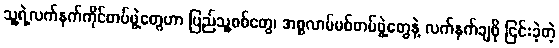
သူ့ရဲ့လက်နက်ကိုင်တပ်ဖွဲ့တွေဟာ ပြည်သူ့စစ်တွေ၊ အစ္စလာမ်မစ်တပ်ဖွဲ့တွေနဲ့ လက်နက်ချဖို ငြင်းခဲ့တဲ့